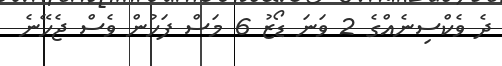
ދެ ވެކްސިނެއްގެ 2 ވަނަ ޑޯޒު 6 މަސް ފަހުން ވެސް ޖެހޭނެ